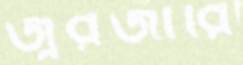
জ্বরজারি